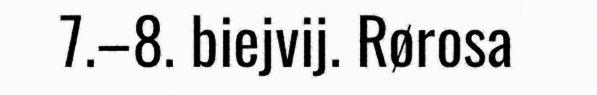
7.–8. biejvij. Rørosa